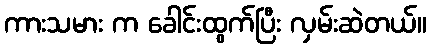
ကားသမား က ခေါင်းထွက်ပြီး လှမ်းဆဲတယ်။